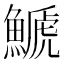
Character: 𩺛